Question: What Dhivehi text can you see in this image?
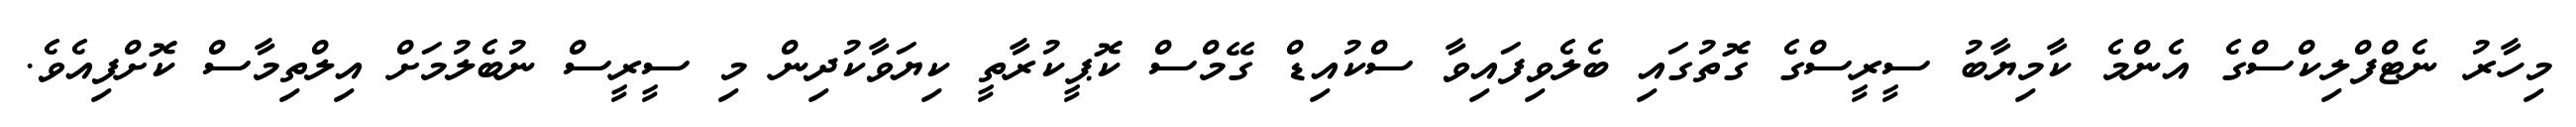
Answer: މިހާރު ނެޓްފްލިކްސްގެ އެންމެ ކާމިޔާބު ސީރީސްގެ ގޮތުގައި ބެލެވިފައިވާ ސްކުއިޑް ގޭމްސް ކޮޕީކުރާތީ ކިޔަވާކުދިން މި ސީރީސް ނުބެލުމަށް އިލްތިމާސް ކޮށްފިއެވެ.